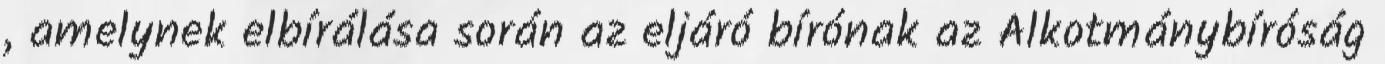
, amelynek elbírálása során az eljáró bírónak az Alkotmánybíróság